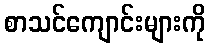
စာသင်ကျောင်းများကို